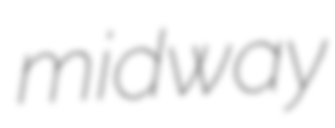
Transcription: midway